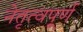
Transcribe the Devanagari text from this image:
नेतृत्वपूर्ण